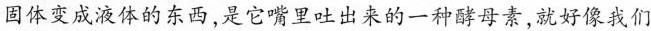
固体变成液体的东西，是它嘴里吐出来的一种酵母素，就好像我们